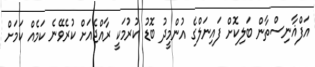
އަފްޣާނިސްތާން ބަލިކޮށް ފައިނަލްގެ އުންމީދު ބޮޑު ކުރުމަކީ ރާއްޖެއަށް ކުރެވޭނެ ކަމެއް ކަމަށް